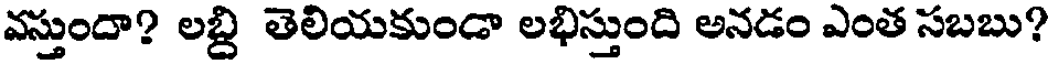
వస్తుందా? లబ్ది తెలియకుండా లభిస్తుంది అనడం ఎంత సబబు?